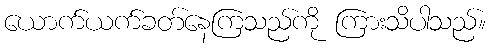
ယောက်ယက်ခတ်နေကြသည်ကို ကြားသိပါသည်။